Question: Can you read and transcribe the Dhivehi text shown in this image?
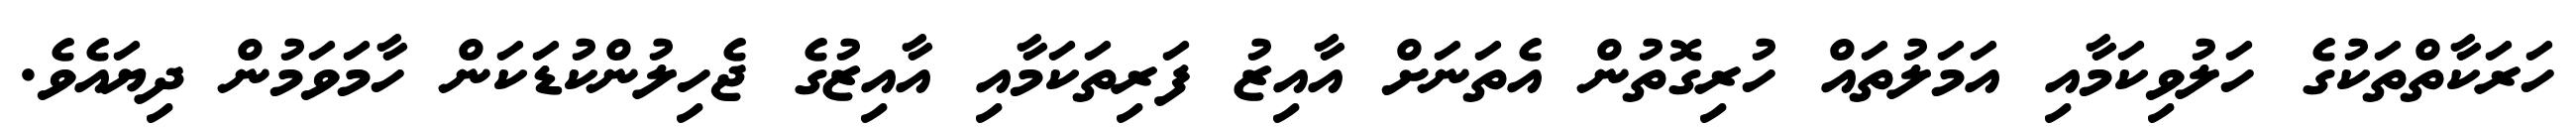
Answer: ހަރަކާތްތަކުގެ ހަލުވިކަމާއި އަމަލުތައް ހުރިގޮތުން އެތަނަށް އާއިޒު ފަރިތަކަމާއި އާއިޒުގެ ޖެހިލުންކުޑަކަން ހާމަވަމުން ދިޔައެވެ.